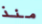
منذ